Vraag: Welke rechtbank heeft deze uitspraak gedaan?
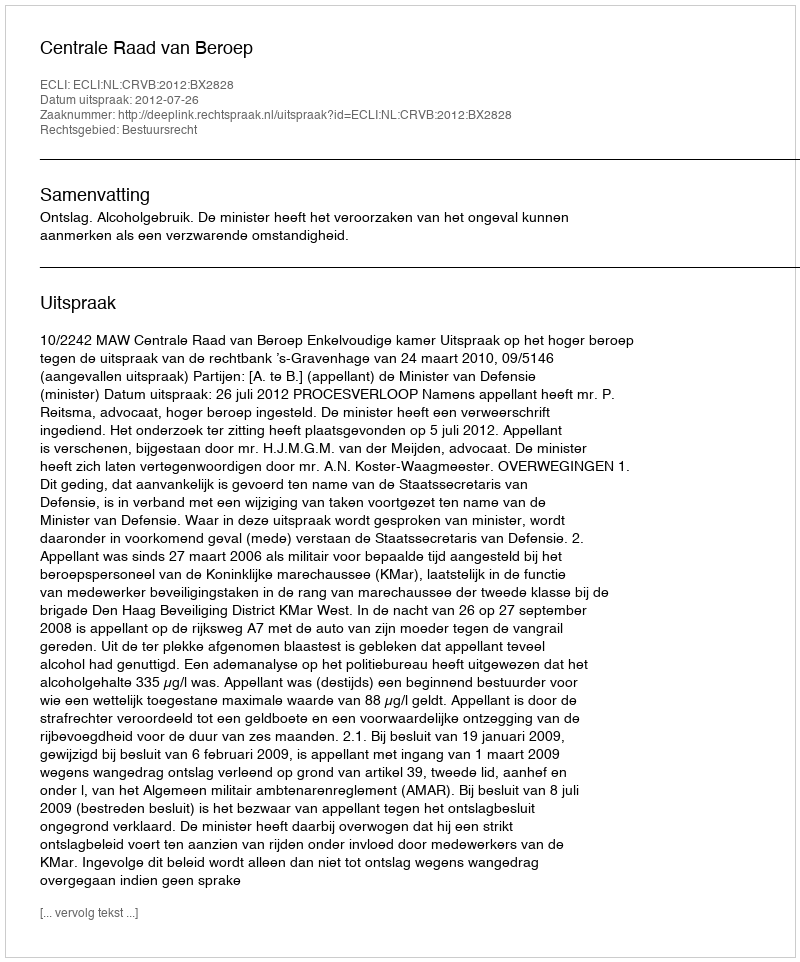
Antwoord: Centrale Raad van Beroep